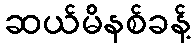
ဆယ်မိနစ်ခန့်